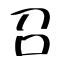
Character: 召